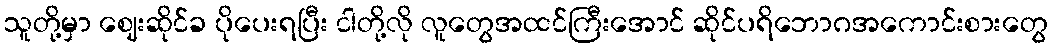
သူတို့မှာ ဈေးဆိုင်ခ ပိုပေးရပြီး ငါတို့လို လူတွေအထင်ကြီးအောင် ဆိုင်ပရိဘောဂအကောင်းစားတွေ